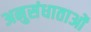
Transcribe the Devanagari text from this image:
अनुसंधाताओं